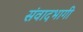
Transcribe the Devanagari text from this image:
संवादभागी